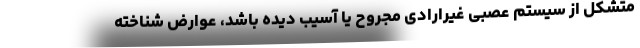
متشکل از سیستم عصبی غیرارادی مجروح یا آسیب دیده باشد، عوارض شناخته